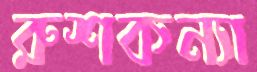
রুশকন্যা